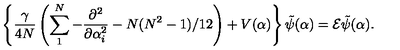
\left\{ \frac { \gamma } { 4 N } \left( \sum _ { 1 } ^ { N } - \frac { \partial ^ { 2 } } { \partial \alpha _ { i } ^ { 2 } } - N ( N ^ { 2 } - 1 ) / 1 2 \right) + V ( \alpha ) \right\} \tilde { \psi } ( \alpha ) = { \cal E } \tilde { \psi } ( \alpha ) .